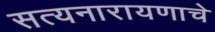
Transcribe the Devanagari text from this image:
सत्यनारायणाचे